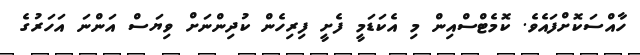
ހާއްސަކޮށްފައެވެ. ކޮމެޓްސްއިން މި އެކަޑަމީ ފެށީ ފިރިހެން ކުދިންނަށް ވިޔަސް އަންނަ އަހަރުގެ